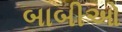
બાબીઓ